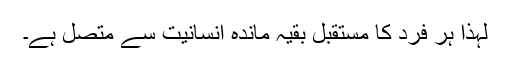
لہٰذا ہر فرد کا مستقبل بقیہ ماندہ انسانیت سے متصل ہے۔